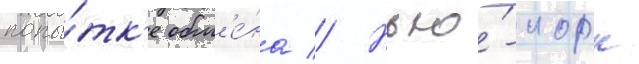
попы́тк'е обм'е́на // Нью́-иорк